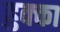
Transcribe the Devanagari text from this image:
हुक्‍का